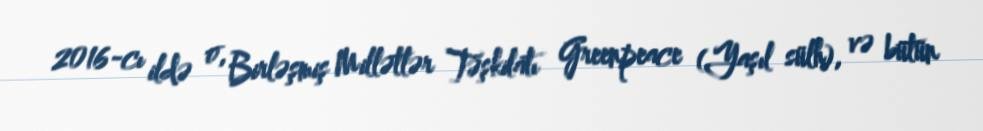
2016-cı ildə o, Birləşmiş Millətlər Təşkilatı Greenpeace (Yaşıl sülh), və bütün